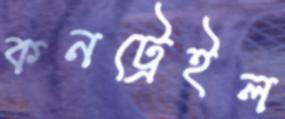
কনট্রেইল